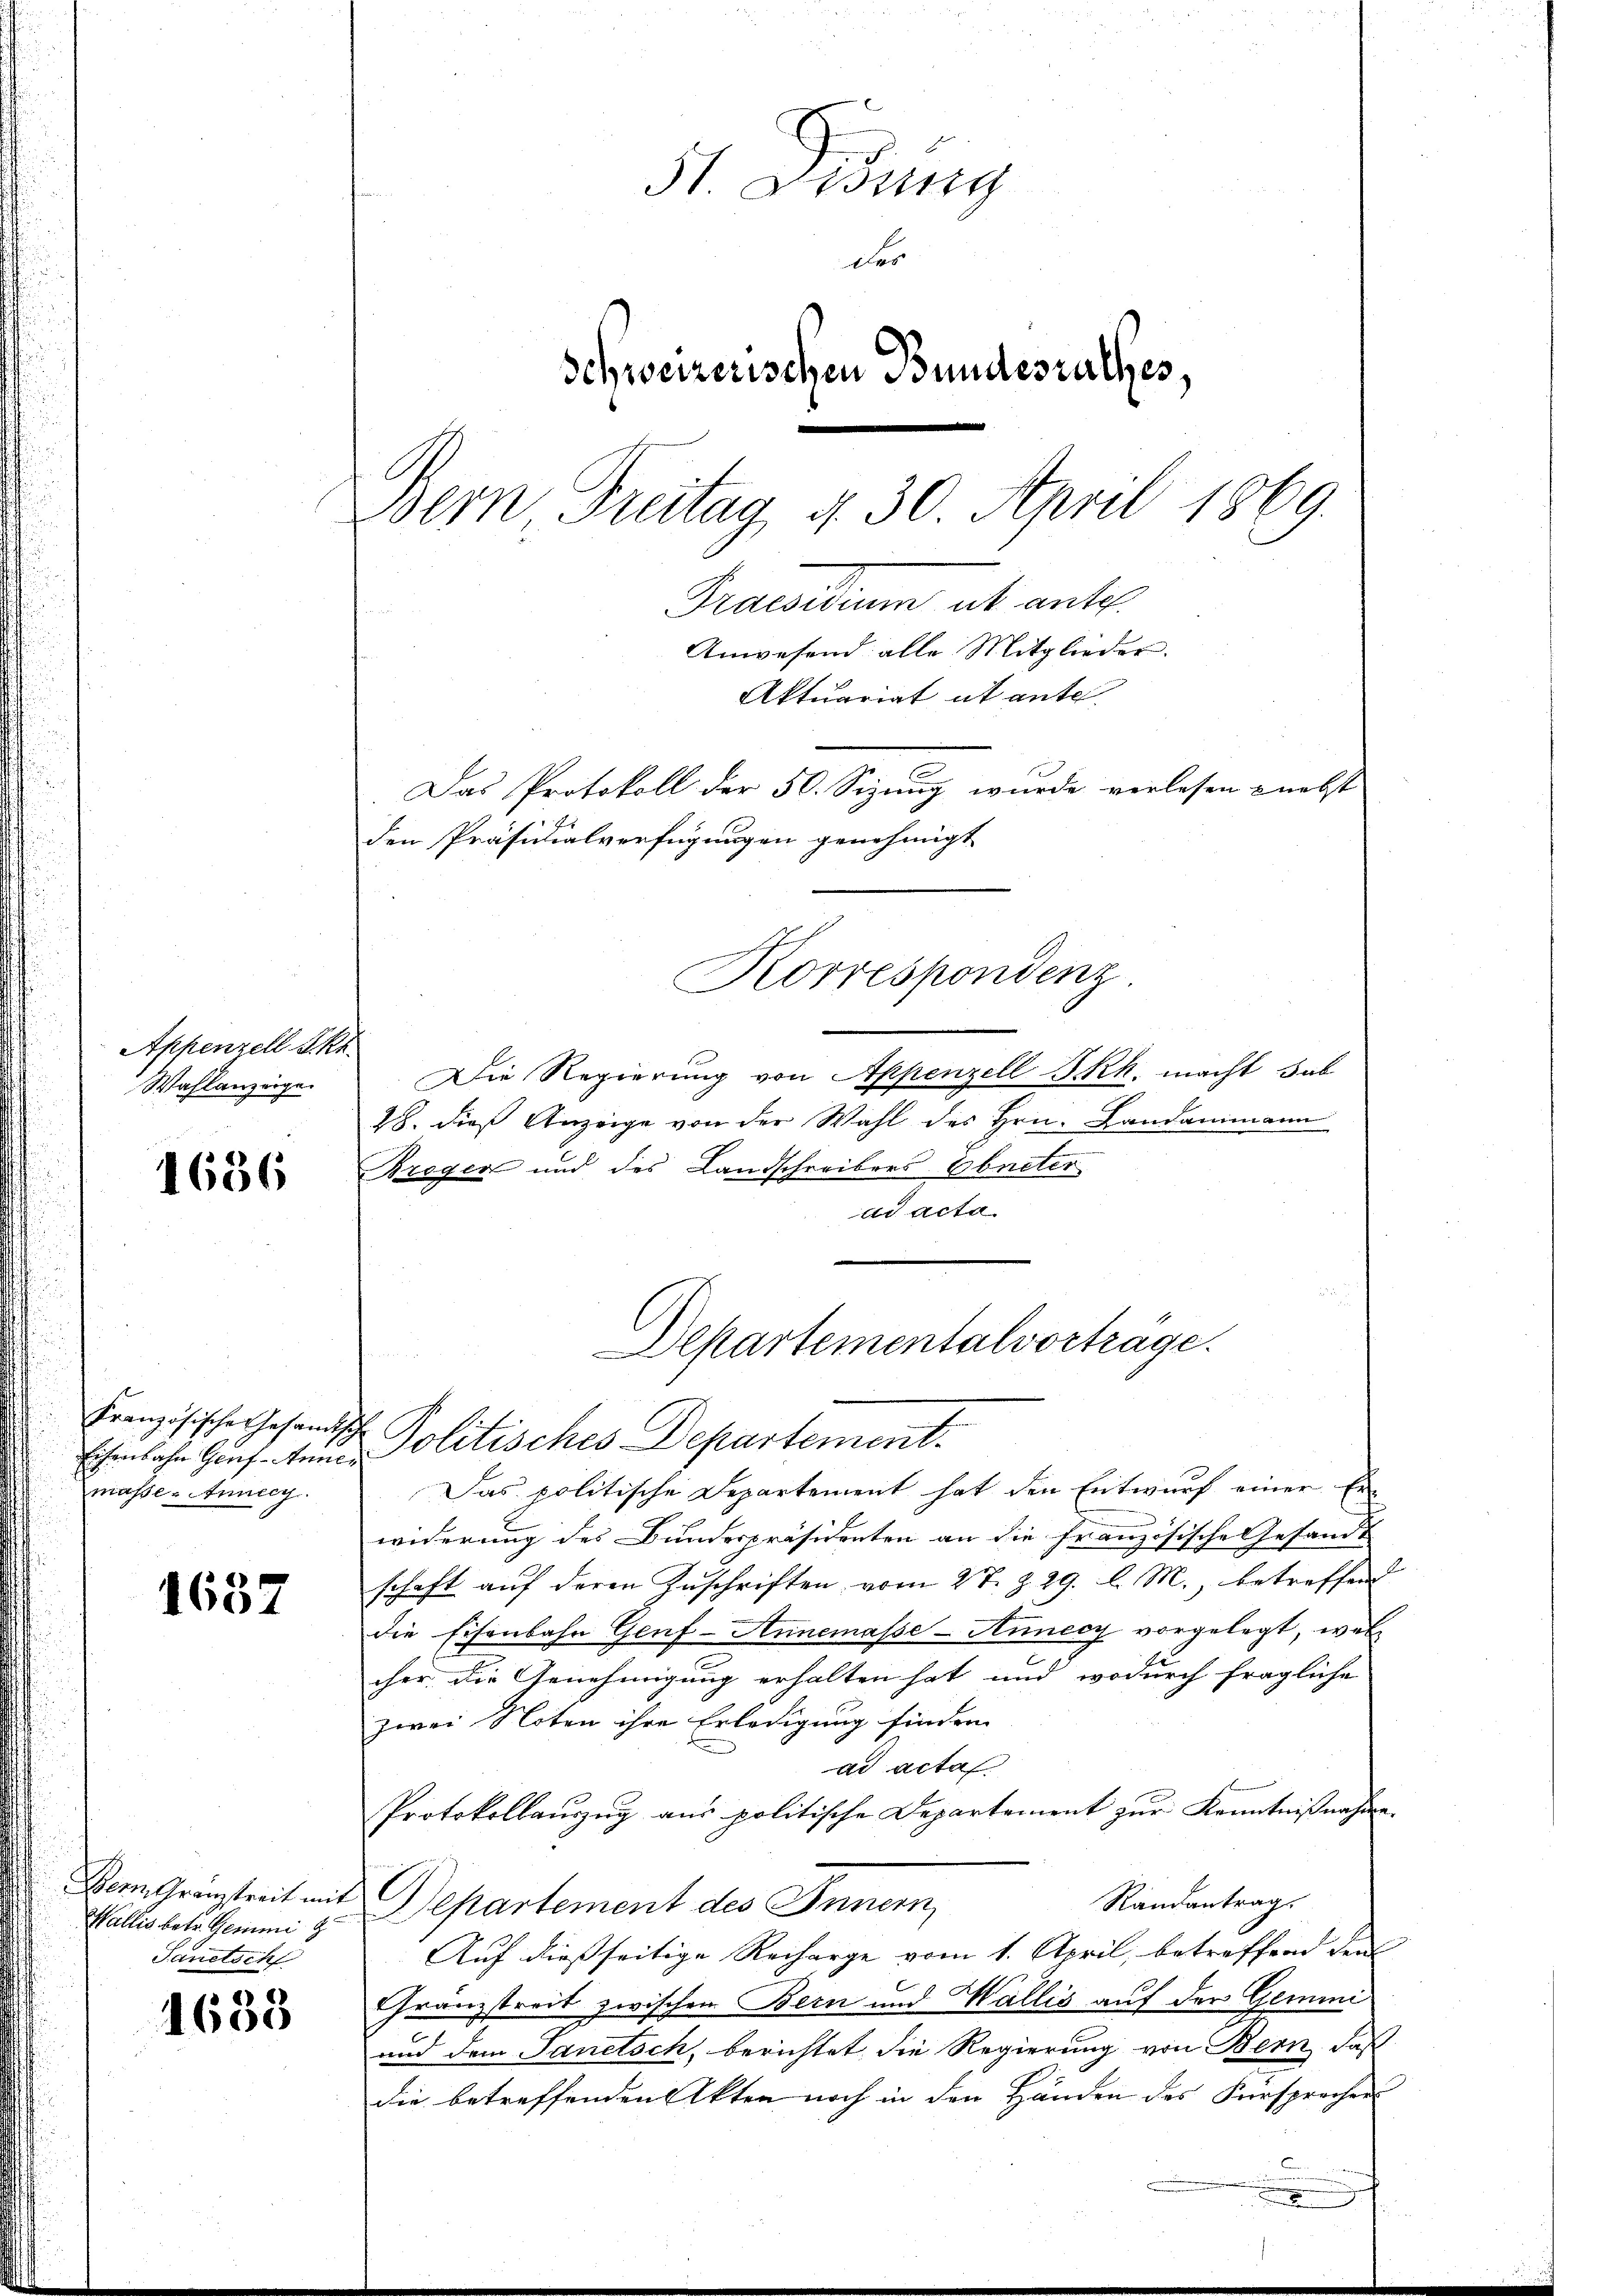
Appenzell Akt
Wahlanzeige.

1636

Eisenbahn Genf-Annemasse. Annecy.

1637

Bern, Granzstreit mit
Wallis betr. Gemeine g
Janetsch

2
1605

5t. Wenig
des
Schweizerischen Bundesrathes,
Bern Freitag 430. April 1869.
Praesidium ut ante.
Anwesend alle Mitglieder.
Aktuariat it ante
Das Protokoll der 50. Sizung wurde verlesen nebst
den Präsidialverfügungen genehmigt
Korrespondenz

Die Regierung von Appenzell Frk. macht dab
28. dieß Anzeige von der Wahl des Hrn. Landammann
Bregen und des Landschreibers Ebneter
ad acta
Departementalvorträge.

Französische Gesandtsch Politisches Departement.

Das politische Departement hat den Entwurf einer Er
widerung des Bundespräsidenten an die Französische Gesandt
schaft auf deren Zuschriften vom 27. Z. 29. l. M., betreffend
die Eisenbahn Genf-Annemasse - Annedy vorgelegt, welcher die Genehmigung erhalten hat und wodurch fragliche
zwei Noten ihre Erledigung finden.
ad acta
Protokollauszug aus politische Departement zur Kenntnißnahme.
Randantrag
Departement des Innern,
Auf dießseitige Recharge vom 1. April, betreffend den
Granzstreit zwischen Bern und Wallis auf der Gemei
und dem Sanitsch, berichtet die Regierung von Bern, daß
die betreffenden Akten noch in den Händen des Fürsprocher
n
x